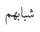
شبابھم